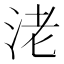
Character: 㳣